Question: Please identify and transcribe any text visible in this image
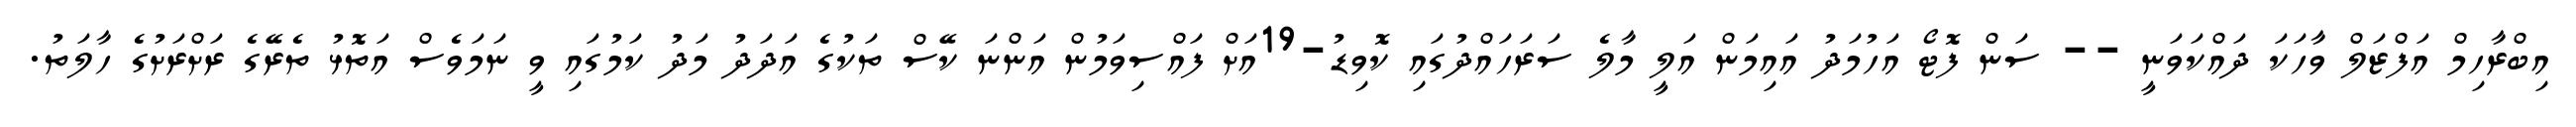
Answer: އިބްރާހިމް އަފްޒަލް ވާހަކަ ދައްކަވަނީ -- ސަން ފޮޓޯ އަހުމަދު އައިމަން އަލީ މާލެ ސަރަހައްދުގައި ކޮވިޑު-19އަށް ފައްސިވަމުން އަންނަ ކޭސް ތަކުގެ އަދަދު މަދު ކަމުގައި ވީ ނަމަވެސް އަތޮޅު ތެރޭގެ ރަށްރަށުގެ ހާލަތު.